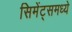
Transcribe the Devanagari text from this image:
सिमेंट्समध्ये